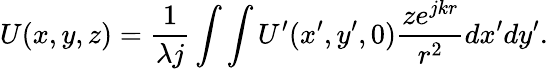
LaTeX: U(x,y,z)=\frac{1}{\lambda j}\int\int U^{\prime}(x^{\prime},y^{\prime},0)\frac{ze^{jkr}}{r^{2}}dx^{\prime}dy^{\prime}.